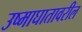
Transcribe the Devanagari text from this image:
उष्माघातावरील